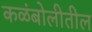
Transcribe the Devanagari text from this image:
कळंबोलीतील